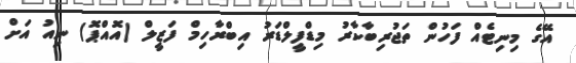
އޭގެ މިނިޓެއް ފަހުން ތަޖުރިބާކާރު މިޑްފީލްޑަރު އިބްރާހިމް ފަޒީލް (އޮއްޕޮ) ނިއު އަށް